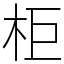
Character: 柜